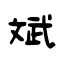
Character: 斌